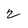
Character: 2